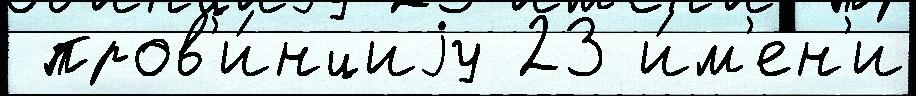
 пров'и́нциjу 23 и́м'ен'и